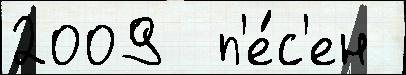
2009  п'е́с'ен